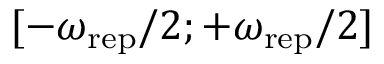
[ - \omega _ { \mathrm { r e p } } / 2 ; + \omega _ { \mathrm { r e p } } / 2 ]